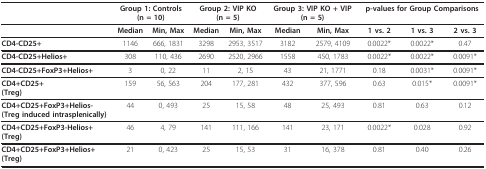
<table><thead><tr><td></td><td colspan="2"><b>Group 1: Controls(n = 10)</b></td><td colspan="2"><b>Group 2: VIP KO(n = 5)</b></td><td colspan="2"><b>Group 3: VIP KO + VIP(n = 5)</b></td><td colspan="3"><b>p-values for Group Comparisons</b></td></tr></thead><tbody><tr><td></td><td><b>Median</b></td><td><b>Min, Max</b></td><td><b>Median</b></td><td><b>Min, Max</b></td><td><b>Median</b></td><td><b>Min, Max</b></td><td><b>1 vs. 2</b></td><td><b>1 vs. 3</b></td><td><b>2 vs. 3</b></td></tr><tr><td><b>CD4-CD25+</b></td><td>1146</td><td>666, 1831</td><td>3298</td><td>2953, 3517</td><td>3182</td><td>2579, 4109</td><td>0.0022*</td><td>0.0022*</td><td>0.47</td></tr><tr><td><b>CD4-CD25+Helios+</b></td><td>308</td><td>110, 436</td><td>2690</td><td>2520, 2966</td><td>1558</td><td>450, 1783</td><td>0.0022*</td><td>0.0022*</td><td>0.0091*</td></tr><tr><td><b>CD4-CD25+FoxP3+Helios+</b></td><td>3</td><td>0, 22</td><td>11</td><td>2, 15</td><td>43</td><td>21, 1771</td><td>0.18</td><td>0.0031*</td><td>0.0091*</td></tr><tr><td><b>CD4+CD25+</b><b>(Treg)</b></td><td>159</td><td>56, 563</td><td>204</td><td>177, 281</td><td>432</td><td>377, 596</td><td>0.63</td><td>0.015*</td><td>0.0091*</td></tr><tr><td><b>CD4+CD25+FoxP3+Helios-</b><b>(Treg induced intrasplenically)</b></td><td>44</td><td>0, 493</td><td>25</td><td>15, 58</td><td>48</td><td>25, 493</td><td>0.81</td><td>0.63</td><td>0.12</td></tr><tr><td><b>CD4+CD25+FoxP3-Helios+</b><b>(Treg)</b></td><td>46</td><td>4, 79</td><td>141</td><td>111, 166</td><td>141</td><td>23, 171</td><td>0.0022*</td><td>0.028</td><td>0.92</td></tr><tr><td><b>CD4+CD25+FoxP3+Helios+</b><b>(Treg)</b></td><td>21</td><td>0, 423</td><td>25</td><td>15, 53</td><td>31</td><td>16, 378</td><td>0.81</td><td>0.40</td><td>0.26</td></tr></tbody></table>